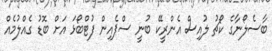
ބާސެލޯނާގެ ކޯޗު ލުއިސް އެންރީކޭ ބުނީ ސްޕެއިން ފުޓްބޯޅަ އަށް ބޮޑު ގެއްލުމެއް